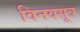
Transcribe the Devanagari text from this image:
विनयसूत्र